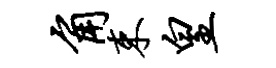
角束皇